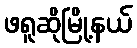
ဖရူဆိုမြို့နယ်